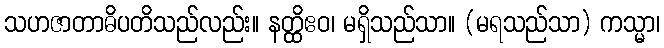
သဟဇာတာဓိပတိသည်လည်း။ နတ္ထိဧဝ၊ မရှိသည်သာ။ (မရသည်သာ) ကသ္မာ၊